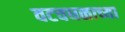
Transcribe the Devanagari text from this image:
वटवघळाच्या